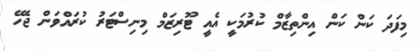
މިފަދަ ކަން ކަން އިންތިޒާމް ކުރުމަކީ އެއީ ޓޫރިޒަމް މިނިސްޓަރު ކުރައްވަން ޖެހޭ